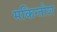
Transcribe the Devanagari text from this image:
मकिन्तोश